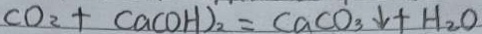
C O _ { 2 } + C a ( O H ) _ { 2 } = C a C O _ { 3 } \downarrow + H _ { 2 } O